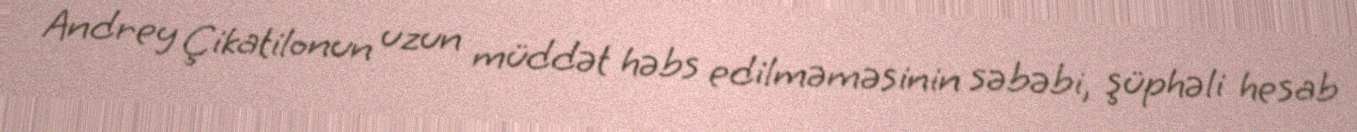
Andrey Çikatilonun uzun müddət həbs edilməməsinin səbəbi, şüphəli hesab